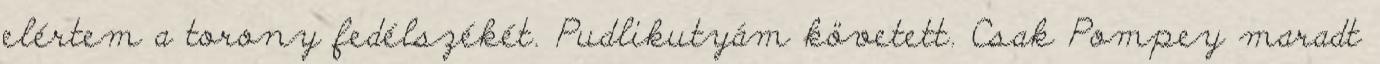
elértem a torony fedélszékét. Pudlikutyám követett. Csak Pompey maradt